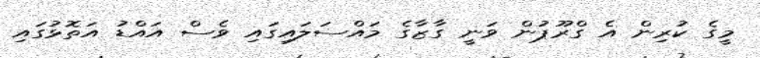
މީގެ ކުރިން އެ ގްރޫޕުން ވަނީ ގާޒާގެ މައްސަލައިގައި ވެސް އައްޑު އަތޮޅުގައި